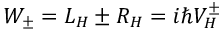
W _ { \pm } = L _ { H } \pm R _ { H } = i \hbar V _ { H } ^ { \pm }